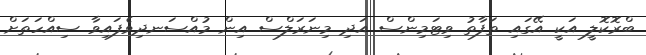
ބްރޮކޮލީ އަކީ އޭގައި ތަފާތު ވިޓަމިންސް އަދި މިނަރަލްސް އިން މުއްސަނދިވެފައިވާ ސިއްހަތަށް